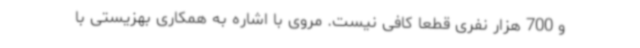
و 700 هزار نفری قطعا کافی نیست. مروی با اشاره به همکاری بهزیستی با